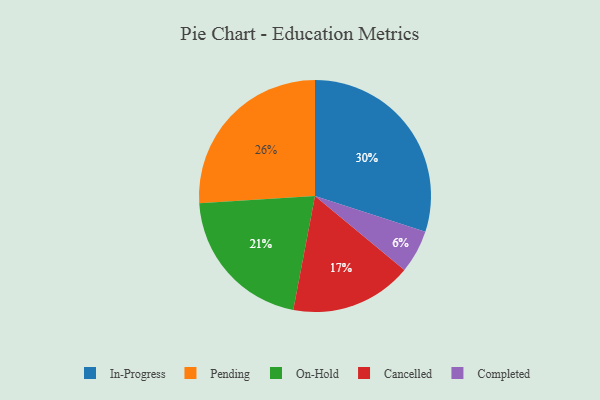
{"axis": {"x": "Category", "y": "Percentage"}, "legend": ["Cancelled", "Completed", "In-Progress", "On-Hold", "Pending"], "data": [{"x": "Cancelled", "y": 17, "type": "Cancelled"}, {"x": "In-Progress", "y": 30, "type": "In-Progress"}, {"x": "Completed", "y": 6, "type": "Completed"}, {"x": "On-Hold", "y": 21, "type": "On-Hold"}, {"x": "Pending", "y": 26, "type": "Pending"}]}